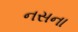
નસના